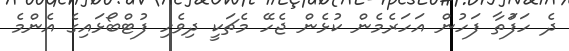
ދެ ހަފަުތާ ފަހުން އަހަރެމެން ކުޅެން ޖެހޭ މެޗަކީ ދިވެހި ފުޓްބޯޅައިގެ އެންމެ